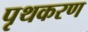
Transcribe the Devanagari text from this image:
पृथकरण